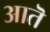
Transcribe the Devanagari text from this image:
आतॆ